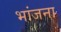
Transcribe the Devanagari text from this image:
भांजना